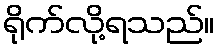
ရိုက်လို့ရသည်။